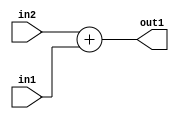
`timescale 1ps / 1ps
/*****************************************************************************
    Verilog RTL Description
    
    
    Created by: Stratus DpOpt 2019.1.01 
*******************************************************************************/

module st_weight_addr_gen_Add_16Ux1U_16U_4_10 (
	in2,
	in1,
	out1
	); /* architecture "behavioural" */ 
input [15:0] in2;
input  in1;
output [15:0] out1;
wire [15:0] asc001;

assign asc001 = 
	+(in2)
	+(in1);

assign out1 = asc001;
endmodule

/* CADENCE  ubLyQgA= : u9/ySgnWtBlWxVPRXgAZ4Og= ** DO NOT EDIT THIS LINE ******/